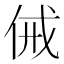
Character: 㑘